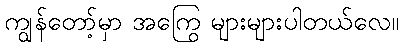
ကျွန်တော့်မှာ အကြွေ များများပါတယ်လေ။